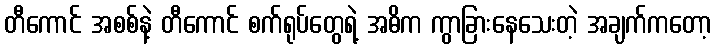
တီကောင် အစစ်နဲ့ တီကောင် စက်ရုပ်တွေရဲ့ အဓိက ကွာခြားနေသေးတဲ့ အချက်ကတော့